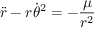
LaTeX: { \ddot { r } } - r { \dot { \theta } } ^ { 2 } = - { \frac { \mu } { r ^ { 2 } } }